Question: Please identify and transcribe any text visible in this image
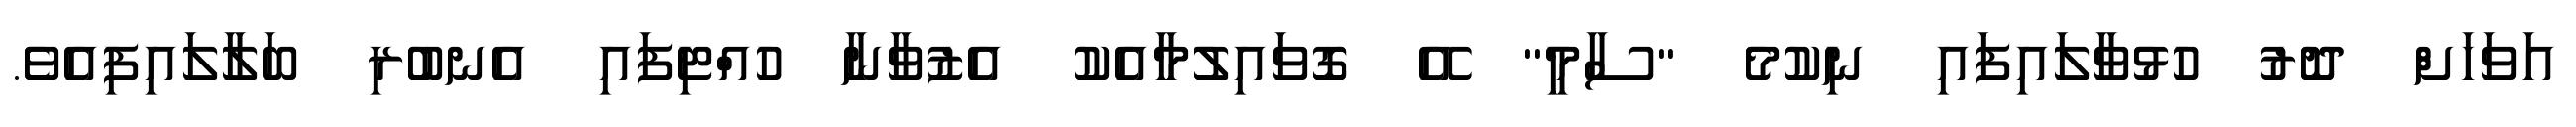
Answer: އަވަހަށް ދޮރު ހުޅުވާލައިފައި ނިކުމެ "ސާމީ" އޭ ގޮވައިލުމާއެކު އެޒުވާނާ ހުއްޓިފައި އެނބުރި ބަލާލައިފިއެވެ.